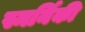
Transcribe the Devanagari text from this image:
स्मर्निकी